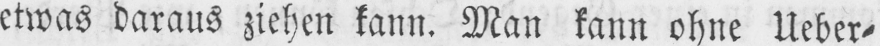
etwas daraus ziehen kann. Man kann ohne Ueber⸗